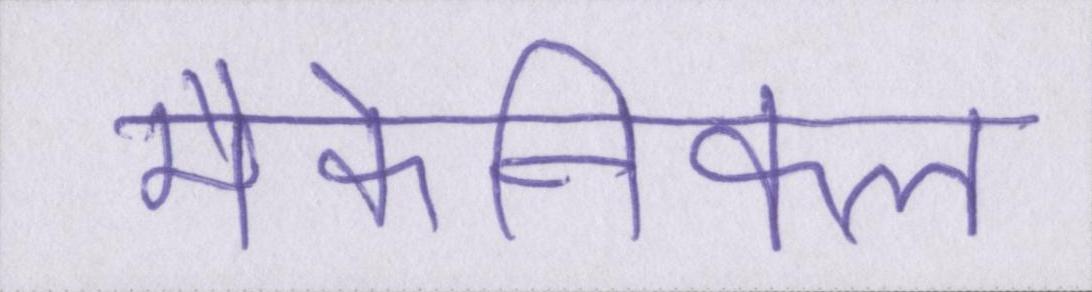
मैकेनिकल